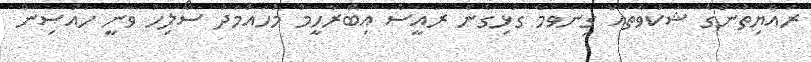
ރައްޔިތުންގެ ޝަކުވާތައް ގިނަވުމާ ގުޅިގެން ރައީސް އިބްރާހީމް މުހައްމަދު ސޯލިހު ވަނީ ހައުސިން